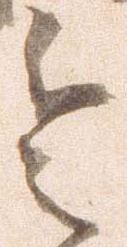
令